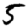
Digit: 5